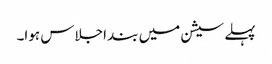
پہلے سیشن میں بند اجلاس ہوا۔